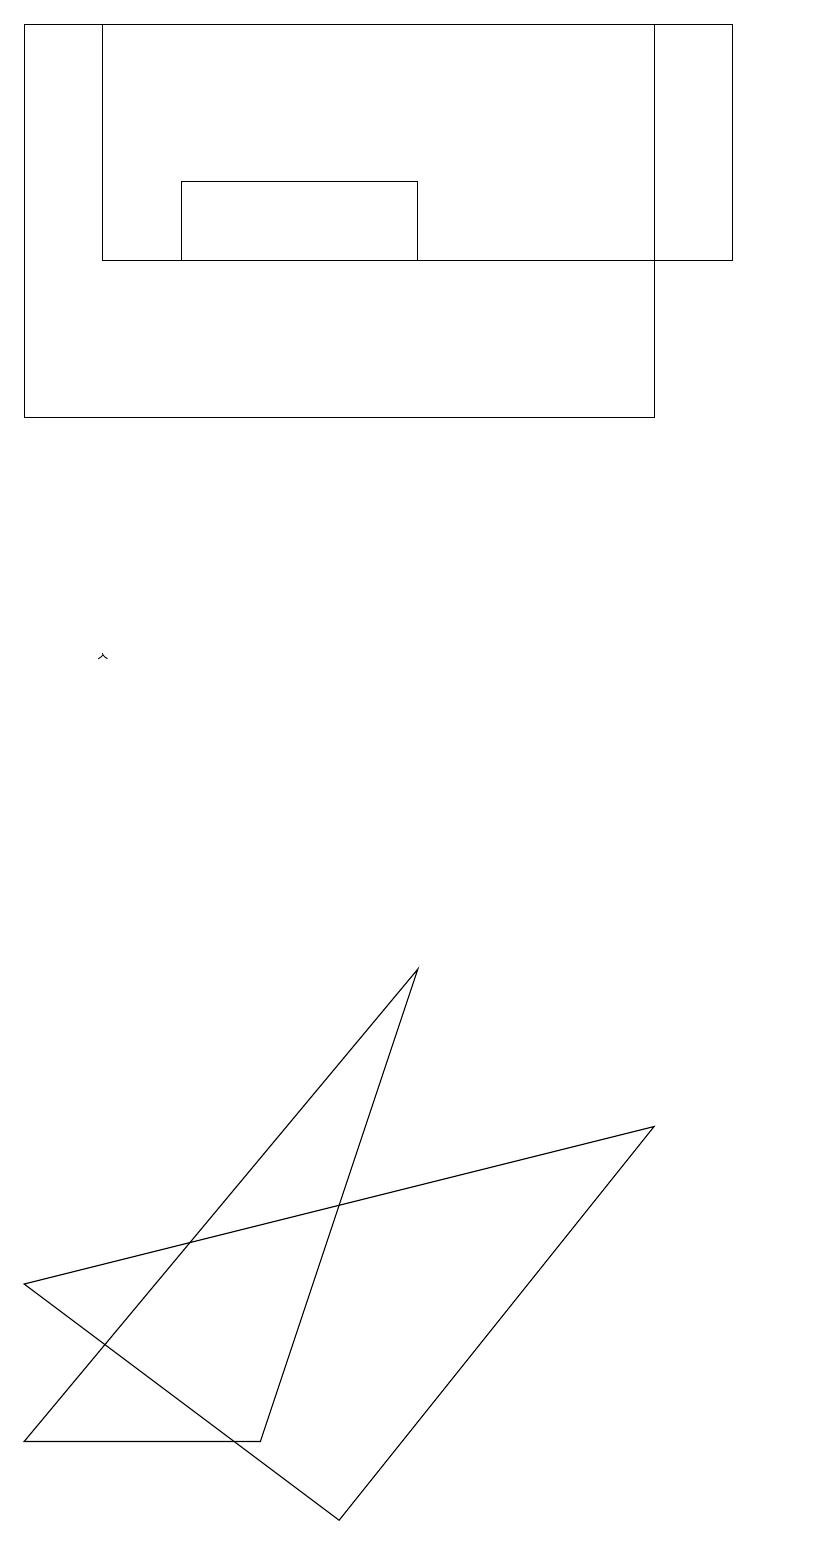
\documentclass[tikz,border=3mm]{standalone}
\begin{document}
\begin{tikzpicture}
\draw (1,19) rectangle (9,16);
\draw (10,10) circle (0);
\draw (0,1) -- (5,7) -- (3,1) -- cycle;
\draw (4,0) -- (0,3) -- (8,5) -- cycle;
\draw (8,14) rectangle (0,19);
\draw (2,16) rectangle (5,17);
\draw[->] (1,11) -- (1,11);
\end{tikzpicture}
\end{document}